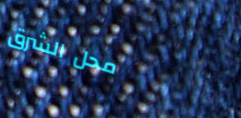
محل الشرق